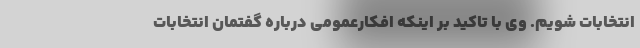
انتخابات شویم. وی با تاکید بر اینکه افکارعمومی درباره گفتمان انتخابات